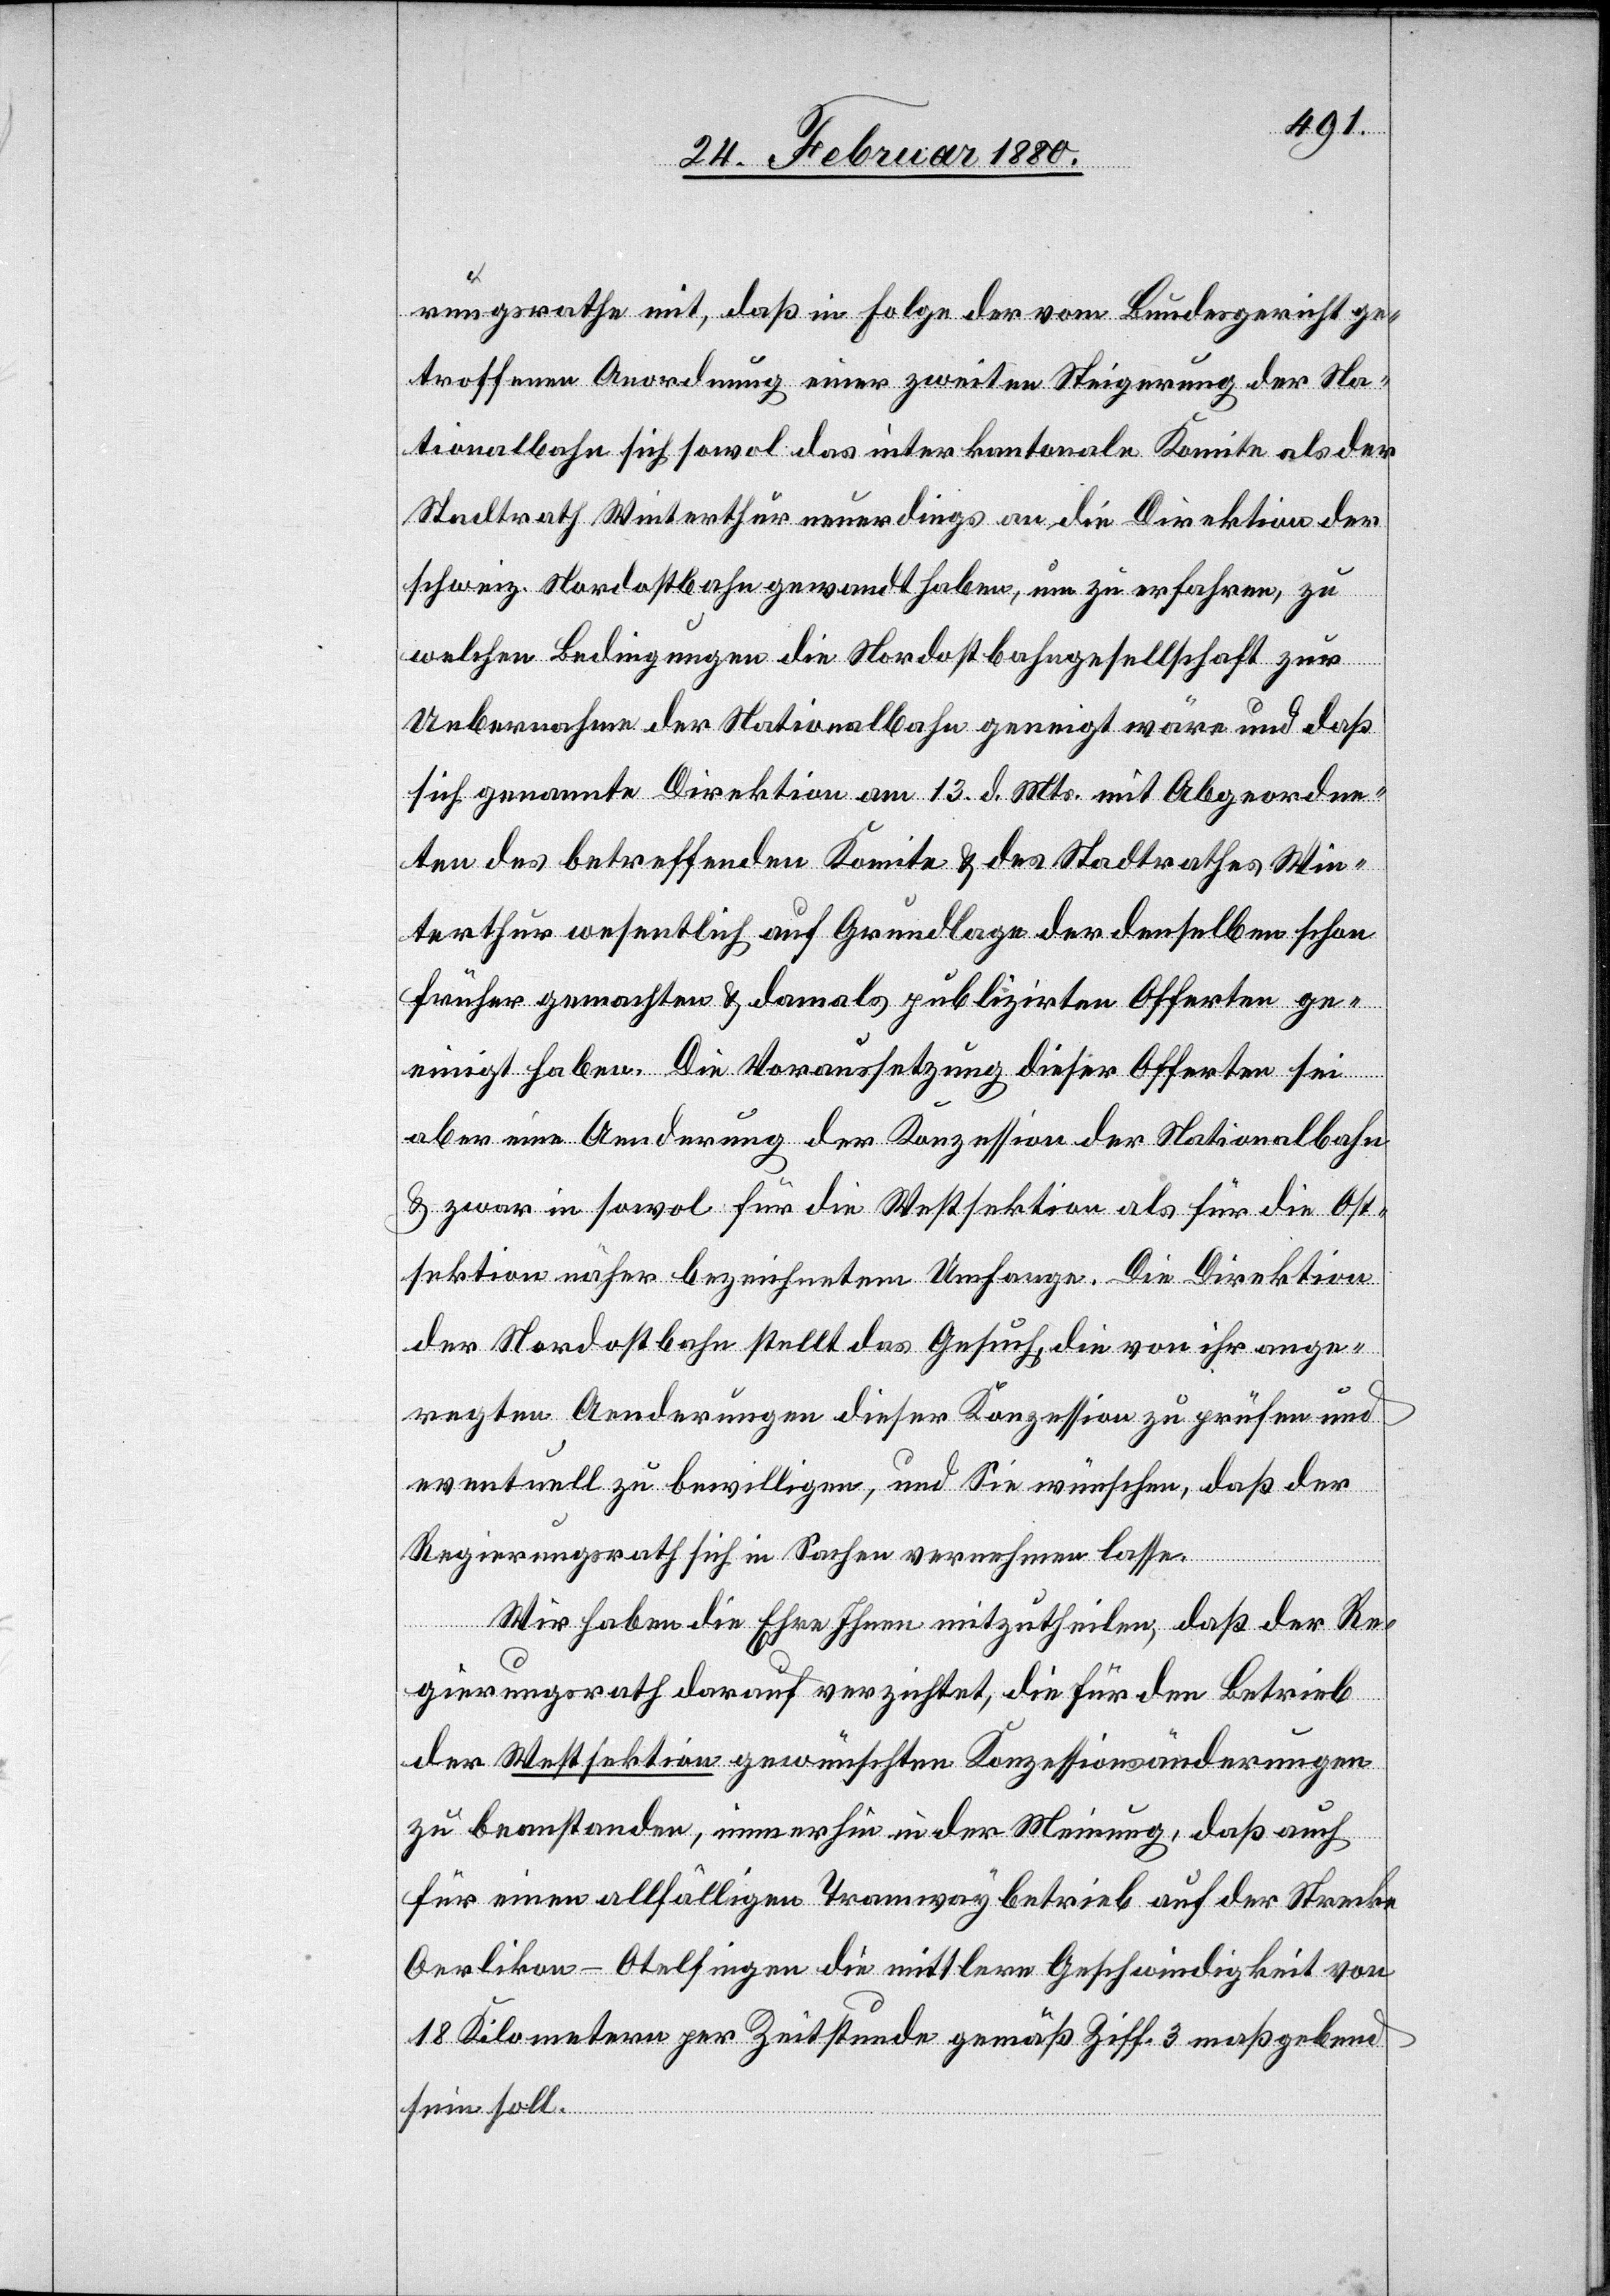
rungsrathe mit, daß in Folge der vom Bundesgericht ge¬
troffenen Anordnung einer zweiten Steigerung der Na¬
tionalbahn sich sowol das interkantonale Komitee als der
Stadtrath Winterthur neuerdings an die Direktion der
schweiz. Nordostbahn gewandt haben, um zu erfahren, zu
welchen Bedingungen die Nordostbahngesellschaft zur
Uebernahme der Nationalbahn geneigt wäre und daß
sich genannte Direktion am 13. d. Mts. mit Abgeordne¬
ten des betreffenden Komitee & des Stadtrathes Win¬
terthur wesentlich auf Grundlage der denselben schon
früher gemachten & damals publizirten Offerten ge¬
einigt habe. Die Voraussetzung dieser Offerten sei
aber eine Aenderung der Konzession der Nationalbahn
& zwar in sowol für die Westsektion als für die Ost¬
sektion näher bezeichnetem Umfange. Die Direktion
der Nordostbahn stellt das Gesuch, die von ihr ange¬
regten Aenderungen dieser Konzession zu prüfen und
eventuell zu bewilligen, und Sie wünschen, daß der
Regierungsrath sich in Sachen vernehmen lasse.
Wir haben die Ehre Ihnen mitzutheilen, daß der Re¬
gierungsrath darauf verzichtet, die für den Betrieb
der Westsektion gewünschten Konzessionsänderungen
zu beanstanden, immerhin in der Meinung, daß auch
für einen allfälligen Tramwaybetrieb auf der Strecke
Oerlikon–Otelfingen die mittlere Geschwindigkeit von
18 Kilometern per Zeitstunde gemäß Ziff. 3 maßgebend
sein soll.